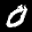
Label: 0